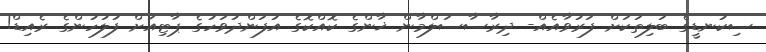
ސިކުނޑީގެ ބަލިތަކަށް ފަރުވާއެއް- ދިރާސާސަލްމާން ޚާންގެ ކޮއްކޮގެ އުފަންދުވަހުގެ ޕާޓިއަށް ފުލުހުންގެ ރެއިޑް!